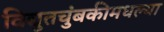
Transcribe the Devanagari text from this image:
विद्युतचुंबकीमधल्या